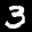
Label: 3